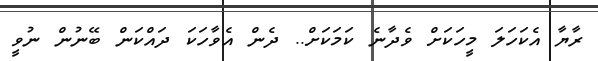
ރާޔާ އެކަހަަލަ މީހަކަށް ވެދާނެ ކަމަކަށް.. ދެން އެވާހަކަ ދައްކަން ބޭނުން ނުވީ